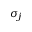
\sigma _ { j }